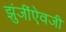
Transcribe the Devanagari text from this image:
झुंजींऐवजी